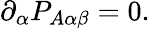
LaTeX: \partial_{\alpha}P_{A\alpha\beta}=0.